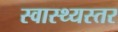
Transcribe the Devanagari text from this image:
स्वास्थ्यस्तर